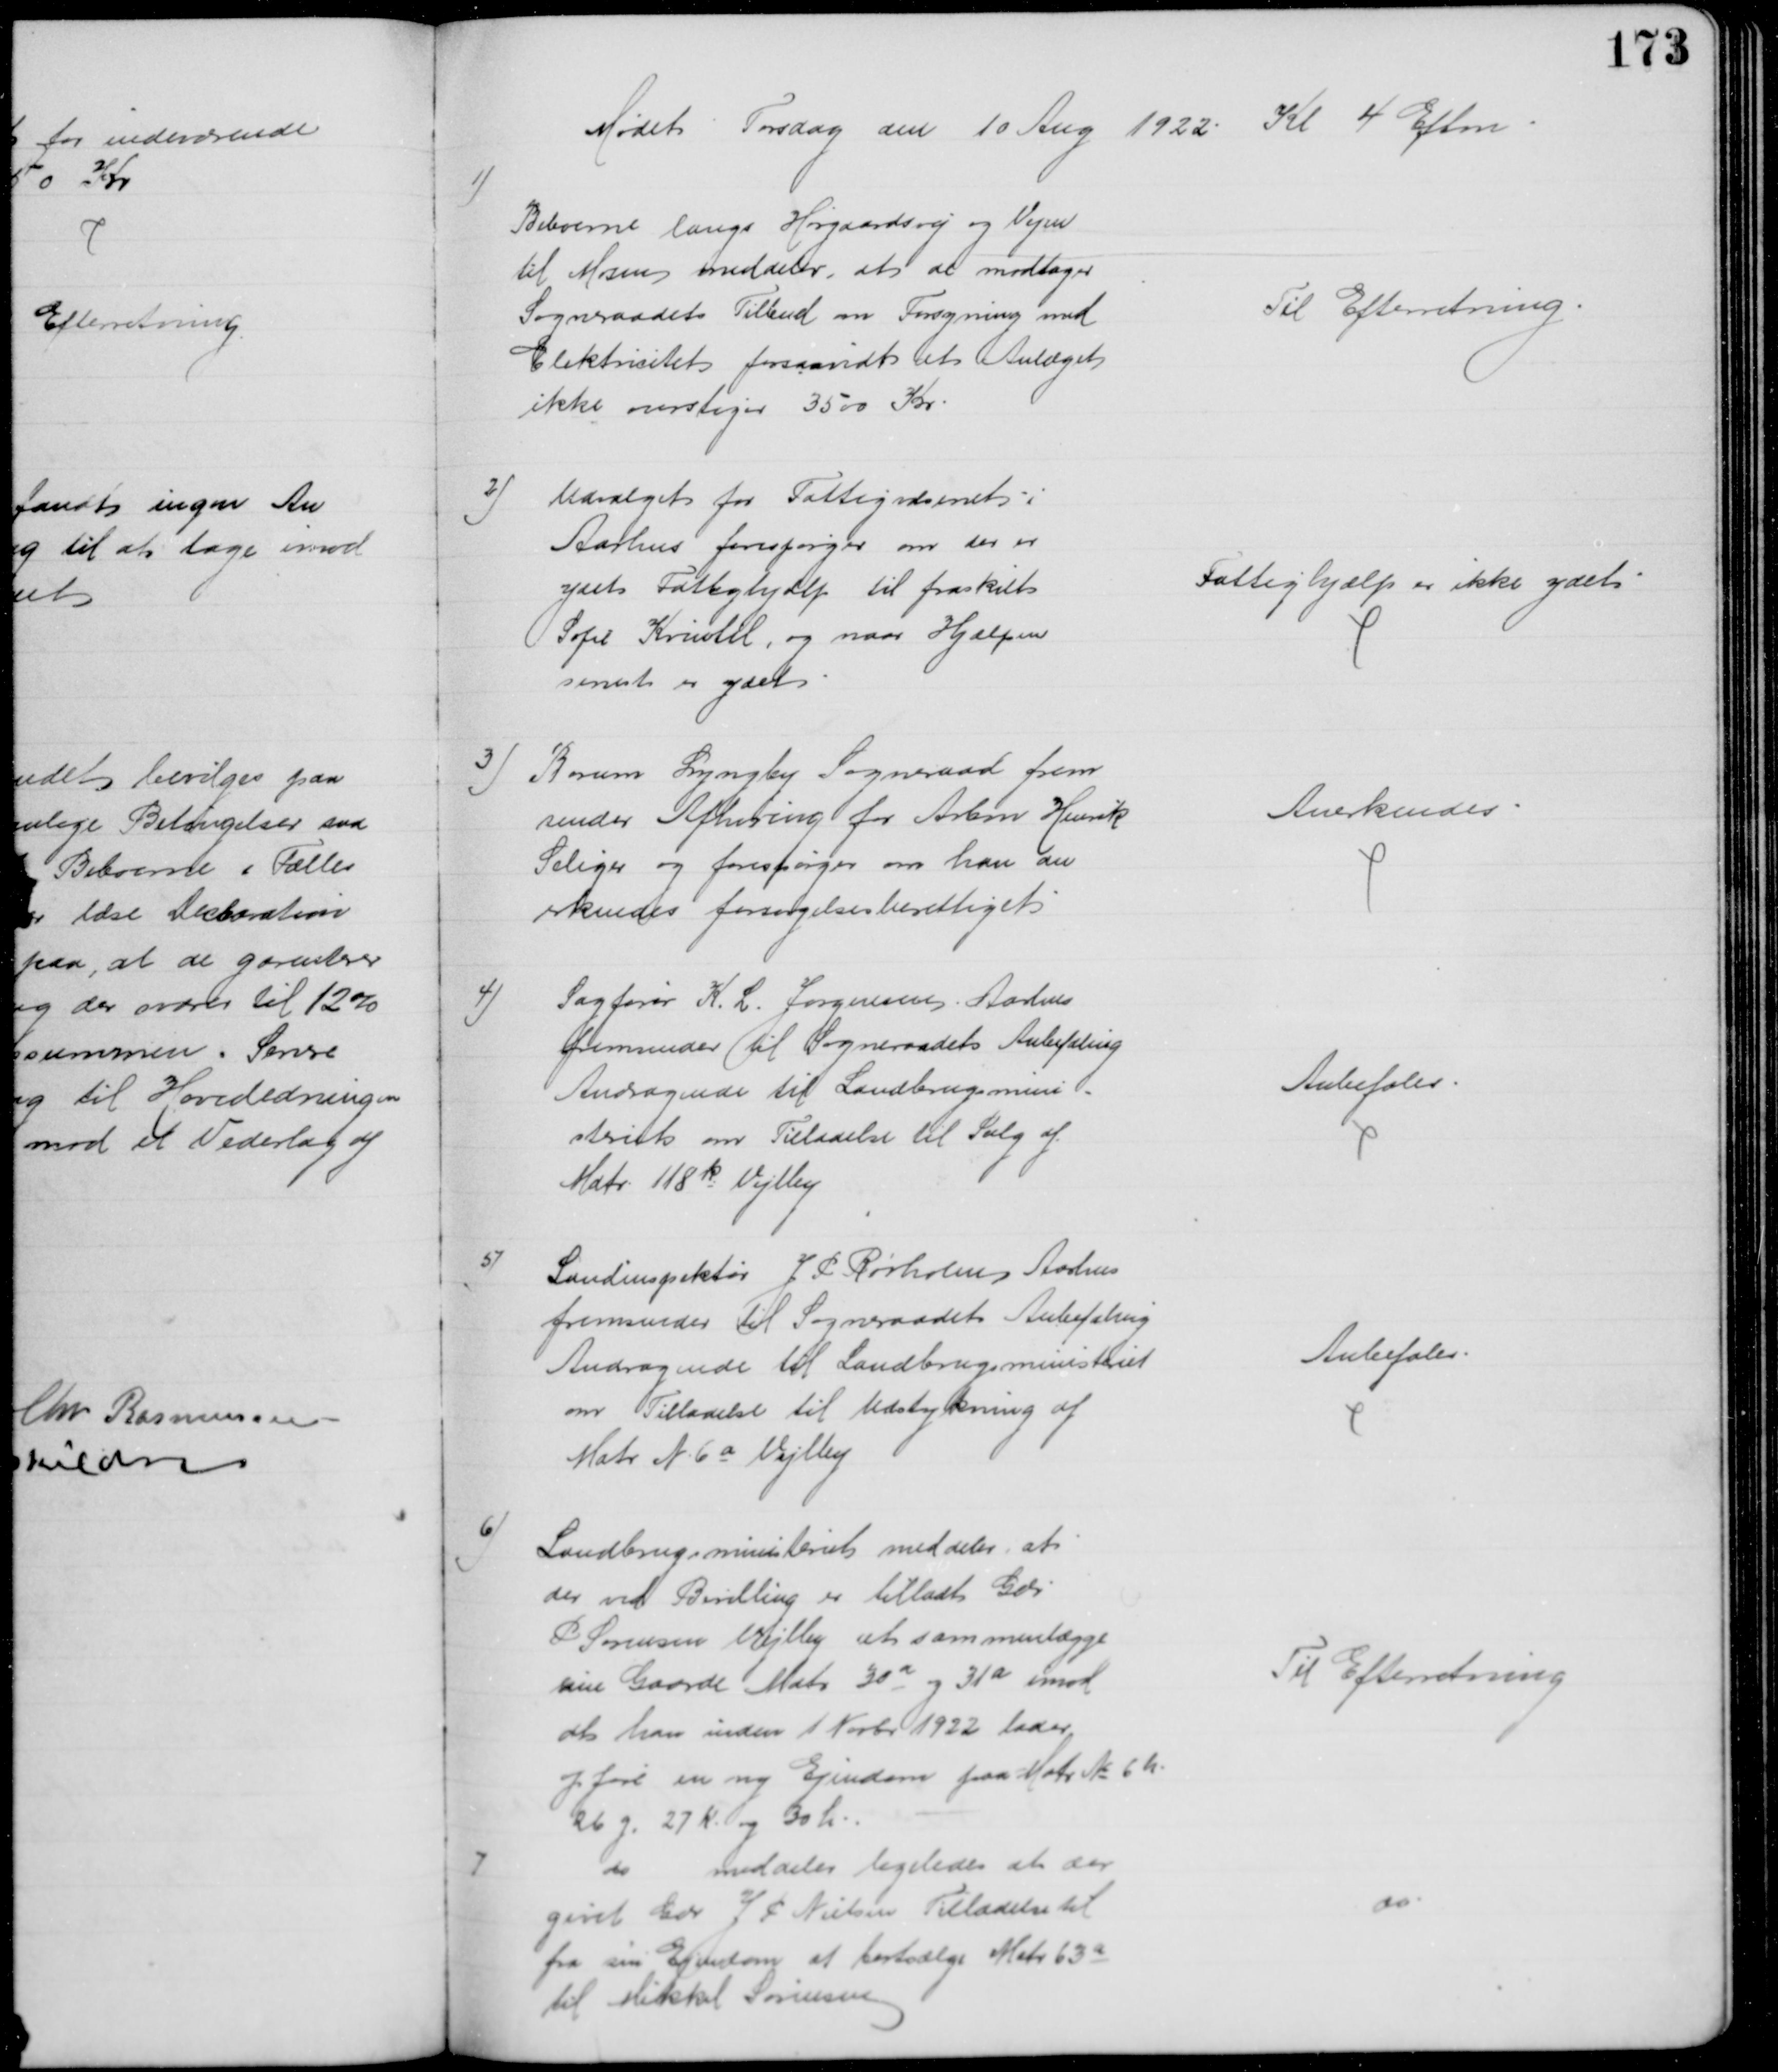
Transskription:
Mødet Torsdag den 10 Aug 1922. Kl 4 Eftm
1)
Beboerne langs Hørgaardsvej og Vejen
til Mosen meddeler, at de modtager
Sogneraadets Tilbud om Forsyning med
Elektricitet forsaavidt at Anlæget
ikke overstiger 3500 Kr.
Til Efterretning.
2) Udvalget for Fattigvæsenet i
Aarhus forespørger om der er
ydet Fattighjælp til fraskilt
Sofie Krintel, og naar Hjælpen
senest er ydet
Fattighjælp er ikke ydet
3)
Borum Lyngby Sogneraad frem
sender Afhøring for Arbm Henrik
Seliger og forespørger om han an
erkendes forsørgelsesberettiget
Anerkendes
4)
Sagfører K. L. Jørgensen Aarhus
fremsender til Sogneraadets Anbefaling
Andragende til Landbrugsmini-
steriet om Tilladelse til Salg af
Matr. 118k Vejlby
Anbefales
5)
Landinspektør J P Rørholm, Aarhus
fremsender til Sogneraadets Anbefaling
Andragende til Landbrugsministeriet
om Tilladelse til Udstykning af
Matr. N. 6a Vejlby
Anbefales
6)
Landbrugsministeriet meddeler, at
der ved Bevilling er tilladt Gdr.
P Sørensen Vejlby at sammenlægge
sine Gaarde Matr. 30a 31a imod
at han inden 1 Novbr 1922 lader
opføre en ny Ejendom paa Matr. № 6h
26g, 27k og 60h
Til Efterretning
7
do meddeler ligeledes at der
givet Gdr J P Nielsen Tilladelse til
fra sin Ejendom at bortsælge Matr. 63a
til Mikkel Sørensen
do